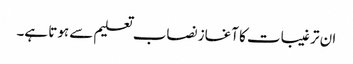
ان ترغیبات کا آغاز نصاب تعلیم سے ہوتا ہے۔